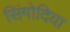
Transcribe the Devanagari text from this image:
सिंगोदिया